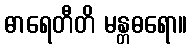
ဓာရေတီတိ မန္တဓရော။